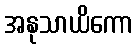
အနုသာယိကော